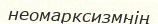
неомарксизмнің